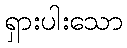
ရှားပါးသော